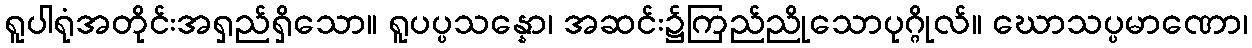
ရူပါရုံအတိုင်းအရှည်ရှိသော။ ရူပပ္ပသန္နော၊ အဆင်း၌ကြည်ညိုသောပုဂ္ဂိုလ်။ ဃောသပ္ပမာဏော၊